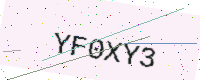
Text: YF0XY3